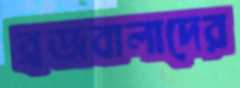
ব্রজবালাদের